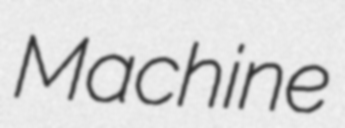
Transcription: Machine